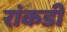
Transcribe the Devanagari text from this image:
रांकडी